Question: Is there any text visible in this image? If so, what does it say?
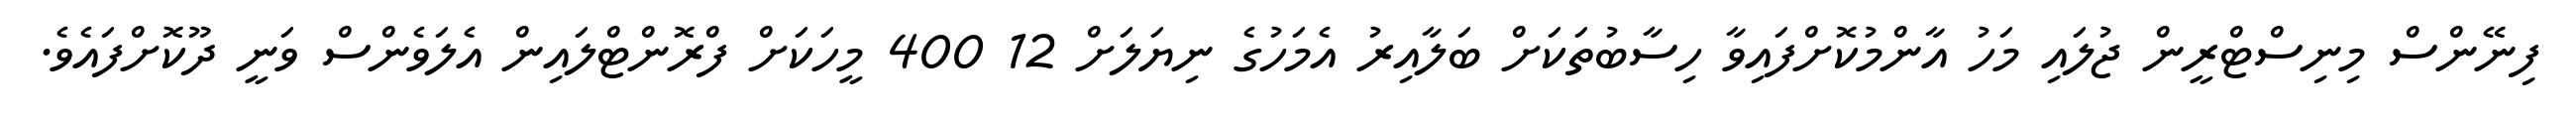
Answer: ފިނޭންސް މިނިސްޓްރީން ޖުލައި މަހު އާންމުކޮށްފައިވާ ހިސާބުތަކަށް ބަލާއިރު އެމަހުގެ ނިޔަލަށް 12 400 މީހަކަށް ފްރޮންޓްލައިން އެލަވެންސް ވަނީ ދޫކޮށްފައެވެ.